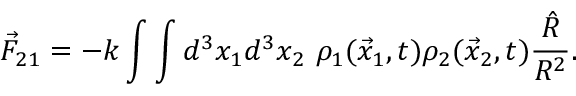
\vec { F } _ { 2 1 } = - k \int \int d ^ { 3 } x _ { 1 } d ^ { 3 } x _ { 2 } \ \rho _ { 1 } ( \vec { x } _ { 1 } , t ) \rho _ { 2 } ( \vec { x } _ { 2 } , t ) \frac { \hat { R } } { R ^ { 2 } } .